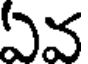
ఏవ